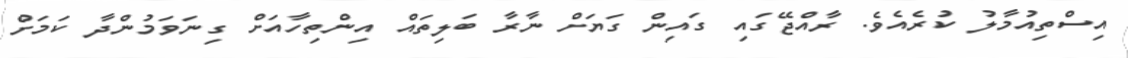
އިސްތިއުމާލު ކުރެއެވެ. ރާއްޖޭގައި ގައިން ގަޔަށް ނާރާ ބަލިތައް އިންތިހާއަށް ގިނަވަމުންދާ ކަމަށް